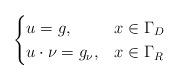
LaTeX: \begin{align*} \begin{cases} u = g, & x \in \Gamma_D \\ u \cdot \nu = g_{\nu}, & x \in \Gamma_R \end{cases}\end{align*}